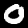
Label: 0